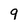
Character: 9